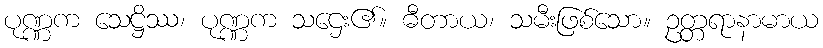
ပုဏ္ဏက သေဋ္ဌိဿ၊ ပုဏ္ဏက သဌေး၏။ ဓီတာယ၊ သမီးဖြစ်သော။ ဥတ္တရာနာမာယ